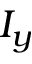
I _ { y }